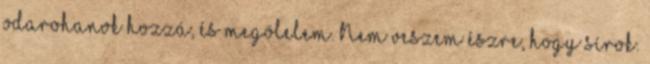
odarohanok hozzá, és megölelem. Nem veszem észre, hogy sírok.